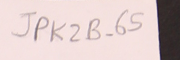
JPK2B-65